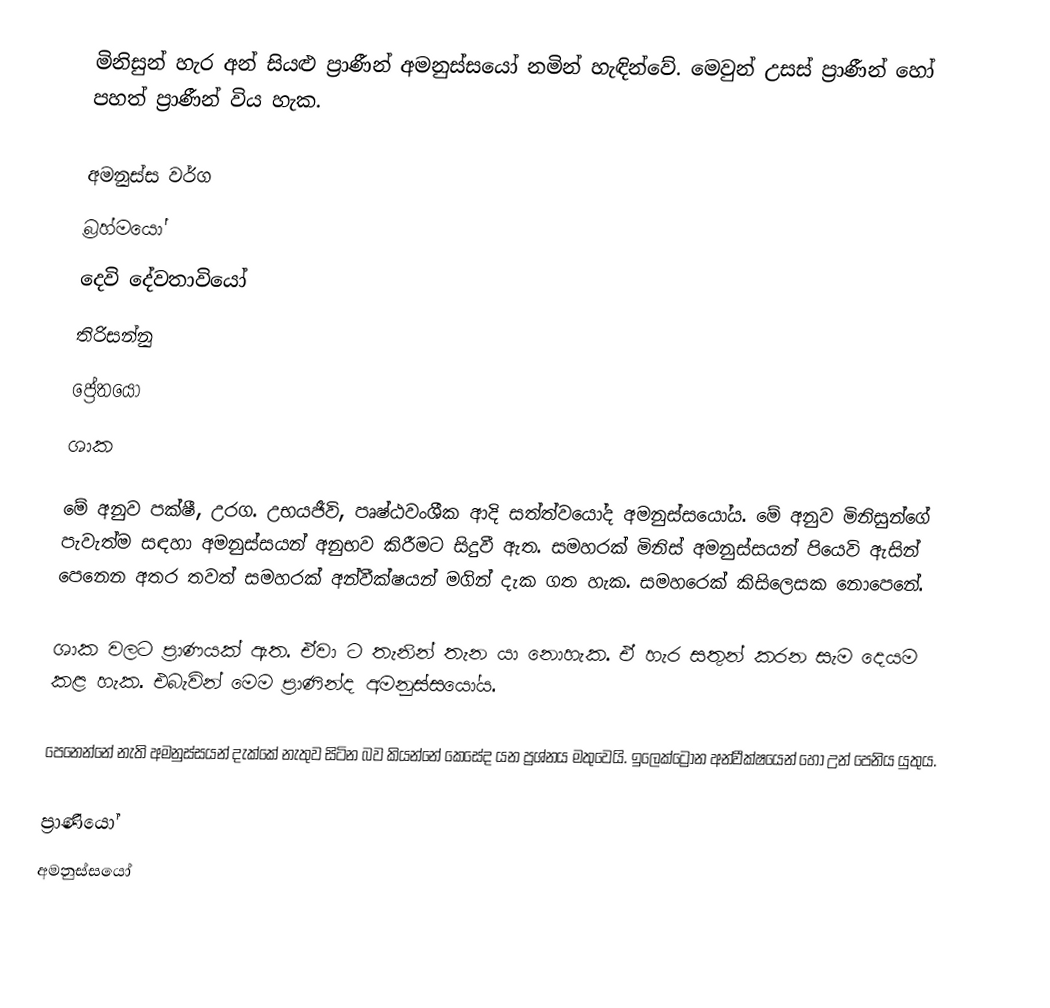
මිනිසුන් හැර අන් සියළු ප්‍රාණීන් අමනුස්සයෝ නමින් හැඳින්වේ. මෙවුන් උසස් ප්‍රාණීන් හෝ පහත් ප්‍රාණීන් විය හැක.

අමනුස්ස වර්ග
 බ්‍රහ්මයෝ
 දෙවි දේවතාවියෝ
 තිරිසන්නු
 ප්‍රේතයෝ
 ශාක

මේ අනුව පක්ෂී, උරග. උභයජීවි, පෘෂ්ඨවංශීක ආදි සත්ත්වයෝද අමනුස්සයෝය. මේ අනුව මිනිසුන්ගේ පැවැත්ම සඳහා අමනුස්සයන් අනුභව කිරීමට සිදුවී ඇත.  සමහරක් මිනිස් අමනුස්සයන් පියෙවි ඇසින් පෙනෙන අතර තවත් සමහරක් අන්වීක්ෂයන් මගින් දැක ගත හැක. සමහරෙක් කිසිලෙසක නොපෙනේ.

ශාක වලට ප්‍රාණයක් ඇත. ඒවා ට තැනින් තැන යා නොහැක. ඒ හැර සතුන් කරන සැම දෙයම කළ හැක. එබැවින් මෙම ප්‍රාණින්ද අමනුස්සයෝය.

පෙනෙන්නේ නැති අමනුස්සයන් දැක්කේ නැතුව සිටින බව කියන්නේ කෙසේද යන ප්‍රශ්නය මතුවෙයි. ඉලෙක්ට්‍රෝන අන්වීක්ෂයෙන් හෝ උන් පෙනිය යුතුය.

ප්‍රාණියෝ
අමනුස්සයෝ